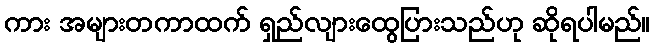
ကား အများတကာထက် ရှည်လျားထွေပြားသည်ဟု ဆိုရပါမည်။